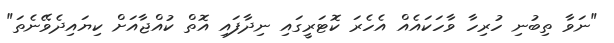
"ނަވާ ތިބުނި ހުރިހާ ވާހަކައެއް އެހެރަ ކޮޓަރީގައި ނިދާފައި އޮތް ކުއްޖާއަށް ކިޔައިދެވޭނެތަ"